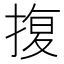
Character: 𭡪